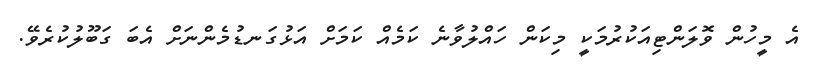
އެ މީހުން ވޮލަންޓިއަކުރުމަކީ މިކަން ހައްލުވާނެ ކަމެއް ކަމަށް އަޅުގަނޑުމެންނަށް އެބަ ގަބޫލުކުރެވޭ.